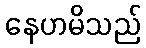
နေဟမိသည်